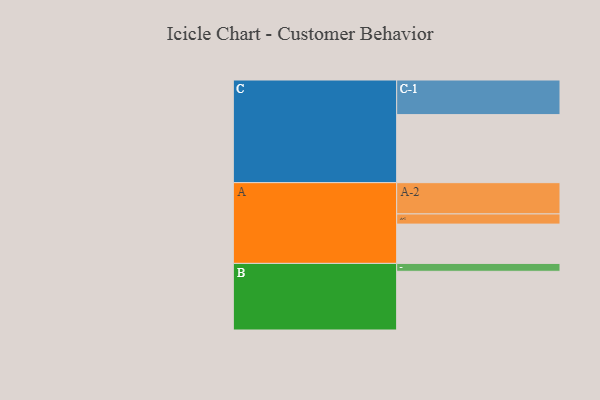
{"axis": {"x": "Segment", "y": "Value"}, "legend": ["", "A", "B", "C"], "data": [{"x": "A", "y": 328, "type": ""}, {"x": "B", "y": 490, "type": ""}, {"x": "C", "y": 568, "type": ""}, {"x": "A-1", "y": 85, "type": "A"}, {"x": "A-2", "y": 261, "type": "A"}, {"x": "B-1", "y": 66, "type": "B"}, {"x": "C-1", "y": 289, "type": "C"}]}